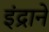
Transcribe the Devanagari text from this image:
इंद्राने